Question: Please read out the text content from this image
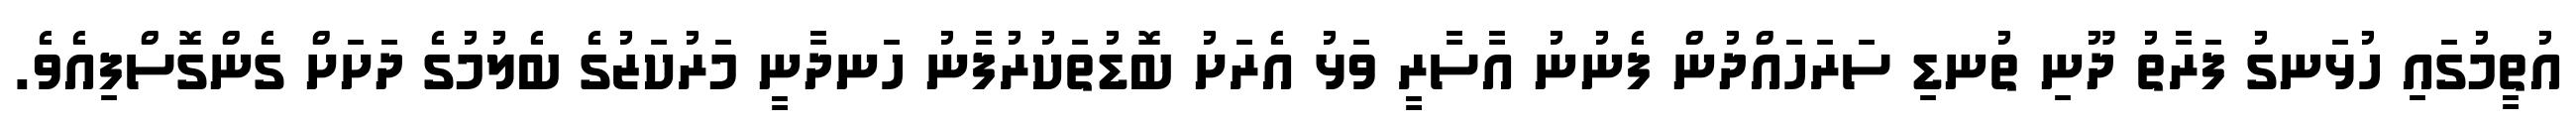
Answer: އުތީމުގައި ހުޅަނގު ފަރާތު ދޫނި ތުނޑި ސަރަހައްދުން ފެނުނު އާސާރީ ވަޅު އެރަށު ބޮޑުތަކުރުފާނު ހަނދާނީ މަރުކަޒުގެ ބެލުމުގެ ދަށަށް ގެންގޮސްފިއެވެ.